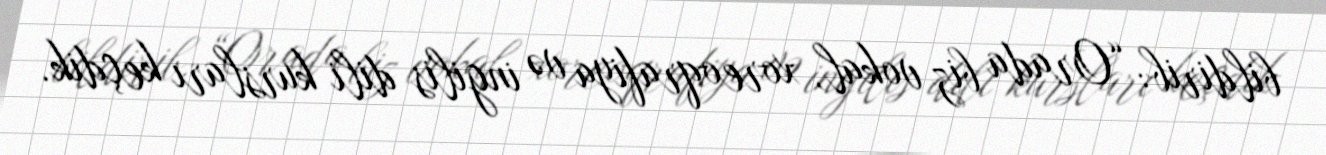
bildirib: “Orada biz vokal, xoreoqrafiya və ingilis dili kursları keçdik.